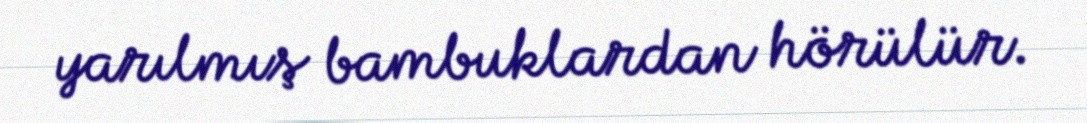
yarılmış bambuklardan hörülür.